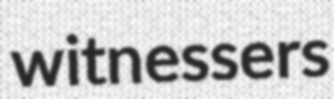
witnessers